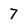
Character: 7